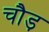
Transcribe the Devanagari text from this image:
चौड़